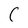
Character: C